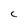
Character: C